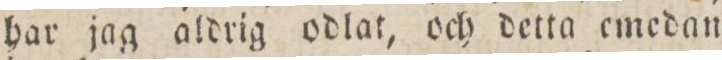
har jag aldrig odlat, och detta emedan